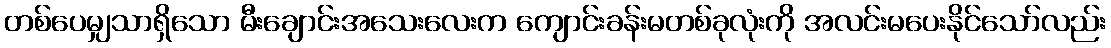
တစ်ပေမျှသာရှိသော မီးချောင်းအသေးလေးက ကျောင်းခန်းမတစ်ခုလုံးကို အလင်းမပေးနိုင်သော်လည်း